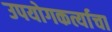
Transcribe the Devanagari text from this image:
उपयोगकर्त्याचा